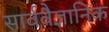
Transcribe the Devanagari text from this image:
सार्ववैज्ञानिक